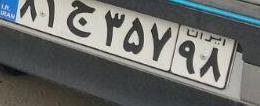
۸۱ج۳۵۷۹۸